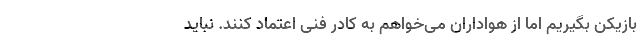
بازیکن بگیریم اما از هواداران می‌خواهم به کادر فنی اعتماد کنند. نباید